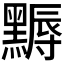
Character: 𪑾